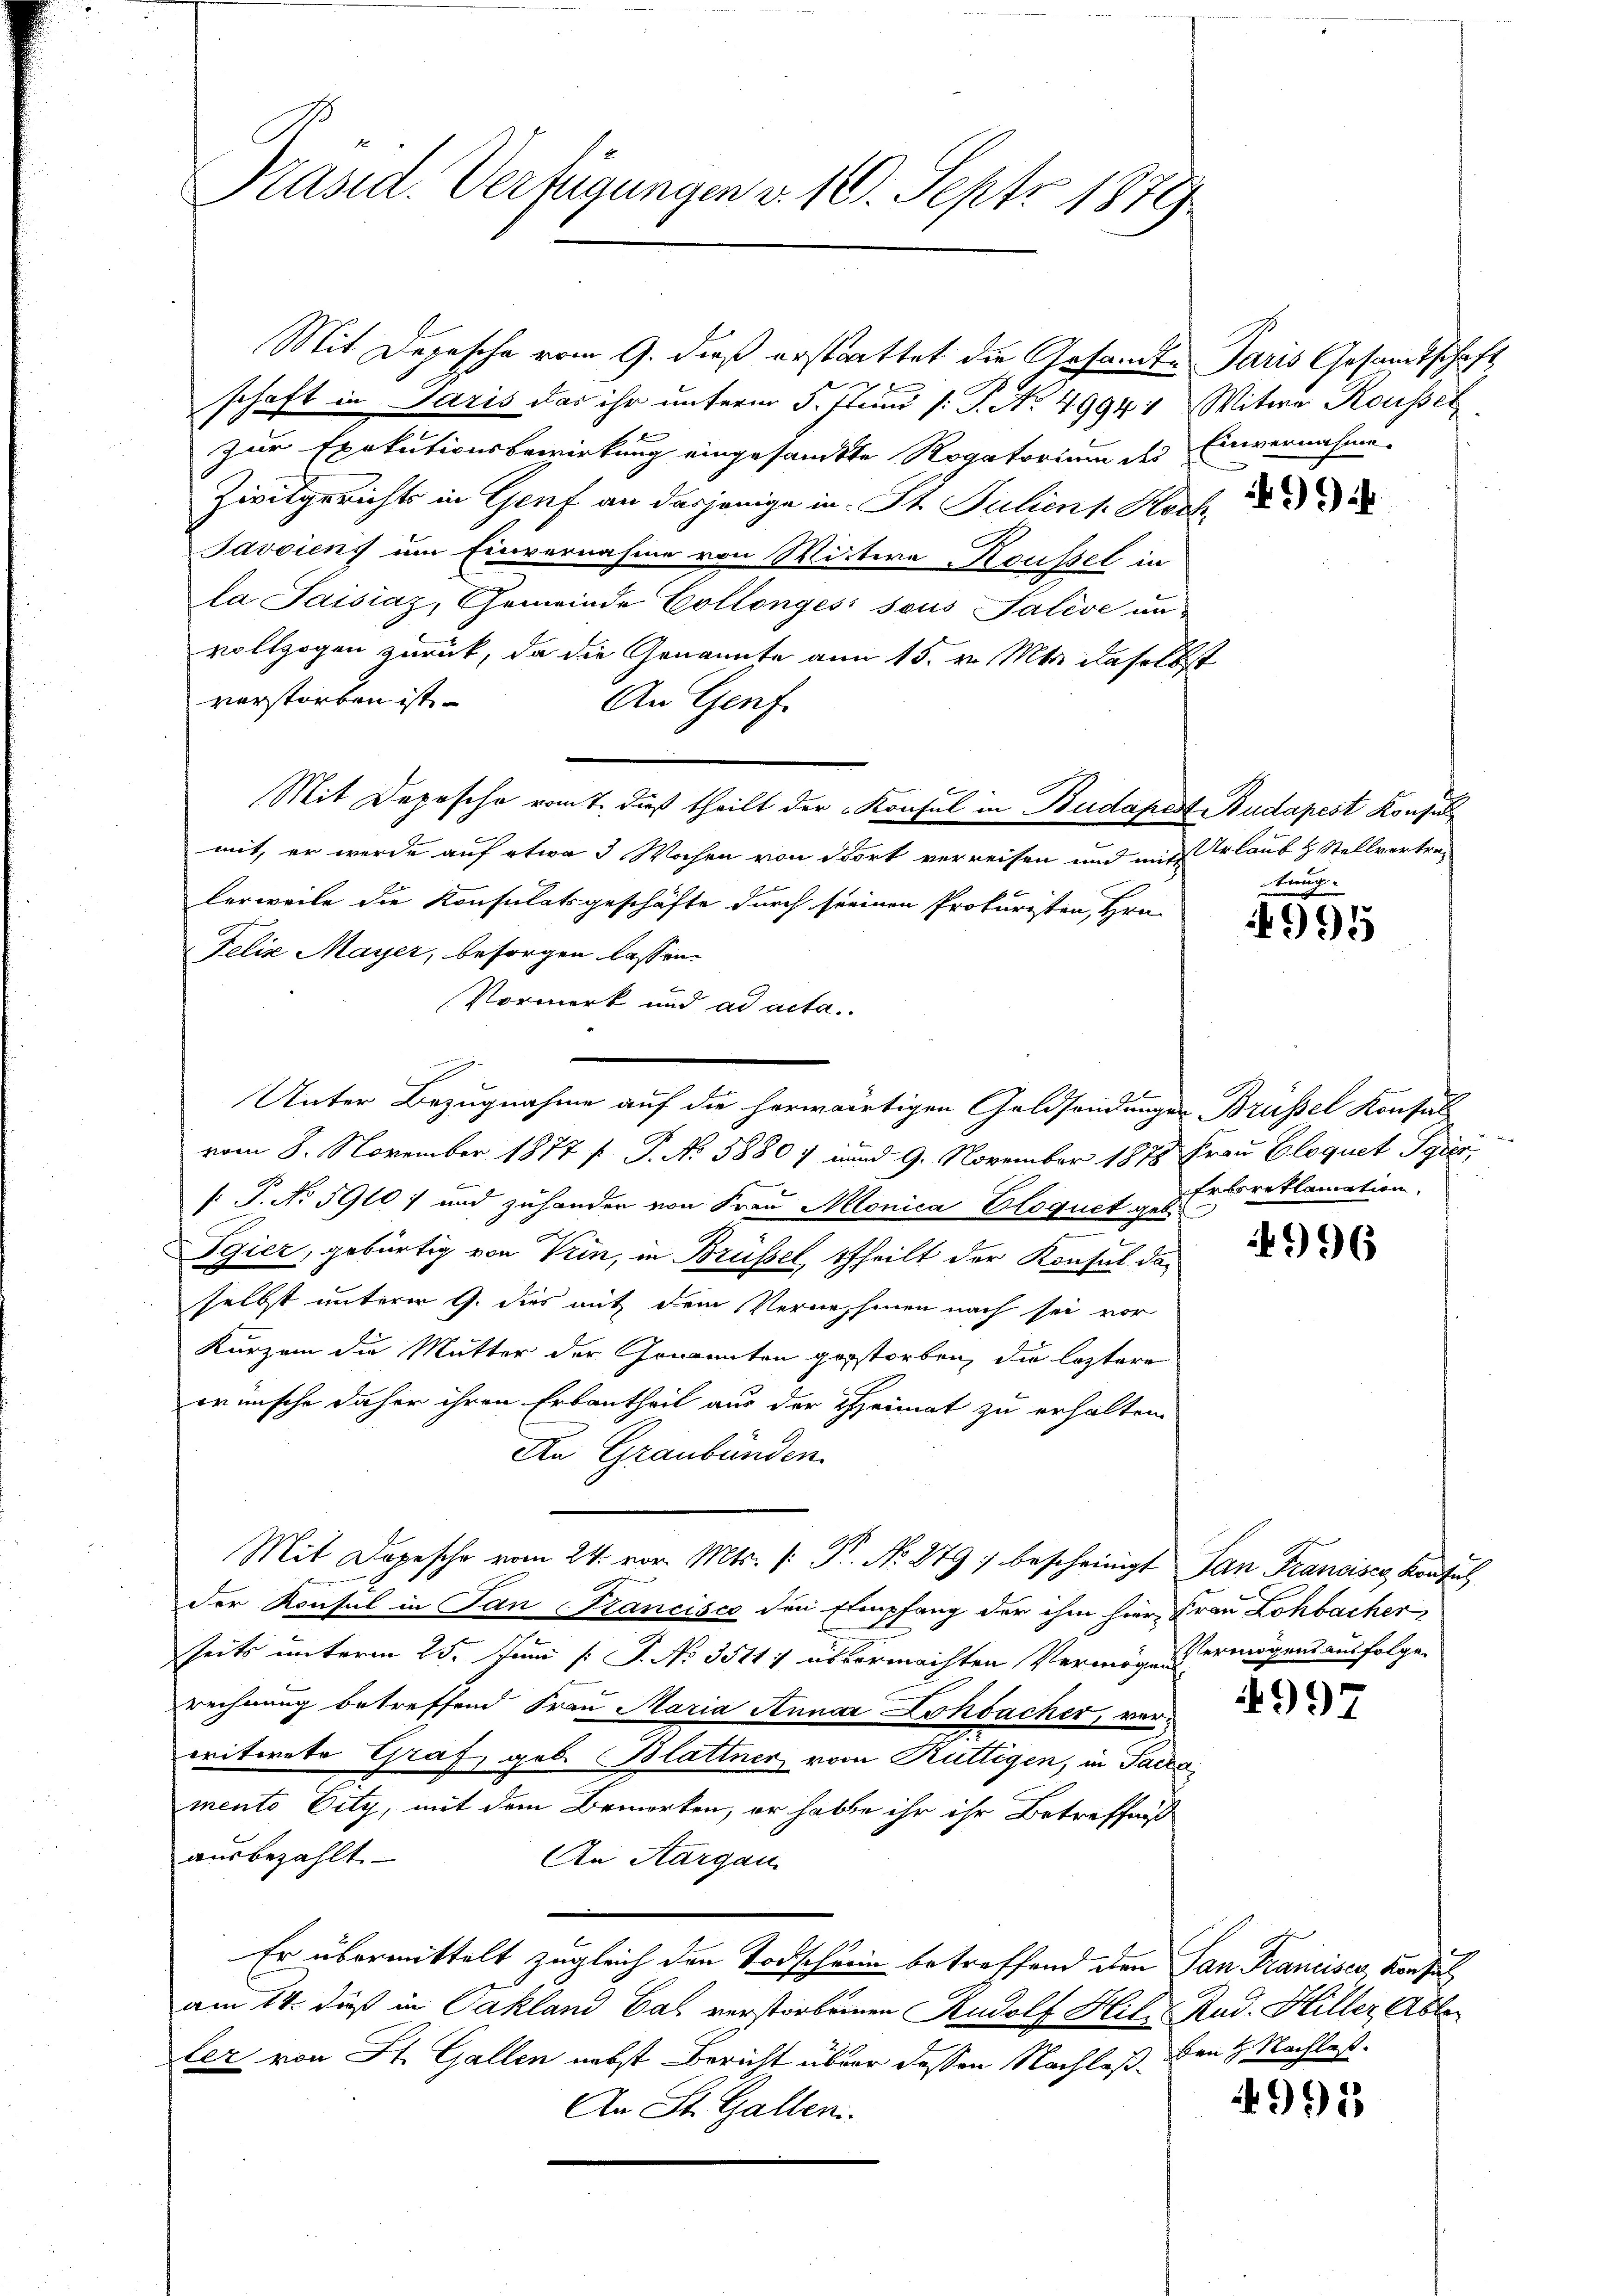
Präsid. Verfügungen v. 10. Sept. 1879

schaft in Paris das ihr unterm 5. Juni /: P. No 49941 Witwe Rousset
zur Exekutionsbewirkung eingesandte Rogatorium des Einvernahme
Zwitgsrichts in Genf an dasjenige in St. Juliens. Hoch
Javviens um Einvernahme von Mittwe Koussel in
la Saisiaz, Gemeinde Collonges sous Talève un
vollzogen zurück, da die Genannte am 15. v. Mts. daselbst
verstorben ist.
An Genf.
Mit Depesche vom 7. dieß theilt der Konsul in Budapest Budapest Konsul
mit, er werde auf etwa 3 Wochen von dort verreisen und mit Erlaub & Stellvertralerweile die Konsulatsgeschäfte durch seinen Prokuristen, Hrn.
Felix Mayer, besorgen lassen.
Vormerk und ad acta.
vom 8. November 1877 f. P. No 58807 und 9. November 1878 Frau Bloquet Pyrer,
f: P. No 5910) und zuhander von Frau Monica Eloquet geb.
Pgier, gebürtig von Vrin, in Brüssel, theilt der Konsul daselbst unterm 9. dies mit dem Vernehmen nach sei vor
Kurzem die Mutter der Genannten gestorben, die leztere
wünsche daher ihren Erbantheil aus der Heimat zu erhalten.
An Graubünden.
Mit Depesche vom 24. vor. Mts. (: P. No. 879 bescheinigt San Franciser, Kontul
der Konsul in San Francisco den Empfang der ihm hier Frau Lohbacher
seits unterm 25. Juni [ P. No 35117 übermachten Vermögen ermögend ausfolge.
rechnung betreffend Frau Maria Annar Lohbacher, vor
criterete Graf, geb. Blattner vom Rüttigen, in Sacra
mento Eity, mit dem Bemerken, er habe ihr ihr Betreffniß
ausbezahlt.
An Aargau
Er übermittelt zugleich den Todschein betreffend den San Francises, Konsul
am 14. dieß in Pakland Gas verstorbenen Rudolf Hil. Rud. Hiller Able
fer von St. Gallen nebst Bericht über dessen Nachlaß den H. Nachlaß¬
An St. Gallen.

Mit Depesche vom 9. dieß erstattet die Gesamte Paris Gesandtschaft

Unter Bezugnahme auf die herwärtigen Geldsendungen Brüssel Konsul

991

tung.

995

Erbsreklamation.

4996

4991